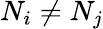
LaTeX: N_{i}\neq N_{j}